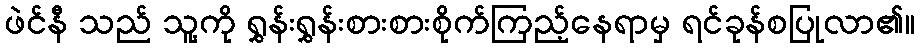
ဖဲင်နီ သည် သူ့ကို ရွှန်းရွှန်းစားစားစိုက်ကြည့်နေရာမှ ရင်ခုန်စပြုလာ၏။